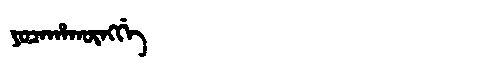
Manchu: ᠶᠣᠴᠠᡥᠠᡴᡡᠩᡤᡝ
Romanization: YOCAHAKŪNGGE